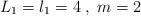
\begin{align*}L_{1} = l_{1} = 4 \;, \; m = 2\end{align*}